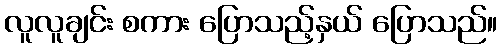
လူလူချင်း စကား ပြောသည့်နှယ် ပြောသည်။